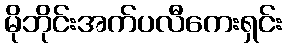
မိုဘိုင်းအက်ပလီကေးရှင်း